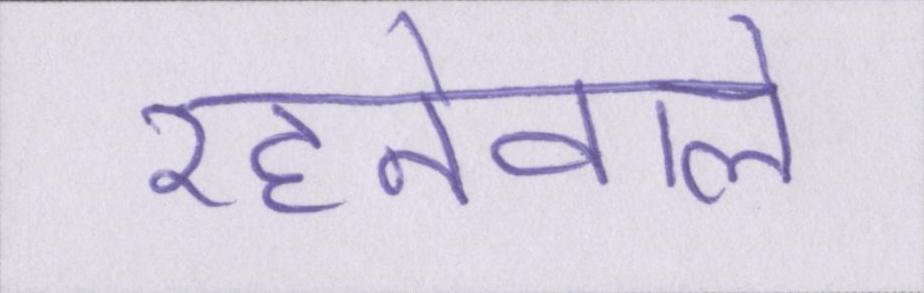
रहनेवाले